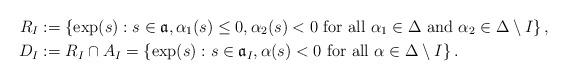
LaTeX: \begin{align*}R_{I} & :=\left\{ \exp(s):s\in\mathfrak{a},\alpha_{1}(s)\le0,\alpha_{2}(s)<0\mbox{ for all }\alpha_{1}\in\Delta\mbox{ and }\alpha_{2}\in\Delta\setminus I\right\} , \\D_{I} & :=R_{I}\cap A_{I}=\left\{ \exp(s):s\in\mathfrak{a}_{I},\alpha(s)<0\mbox{ for all }\alpha\in\Delta\setminus I\right\} .\end{align*}